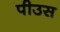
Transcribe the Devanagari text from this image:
पीउस